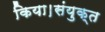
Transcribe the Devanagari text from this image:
किया।संयुक्त